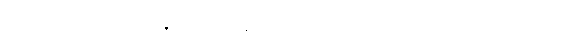
မီစာတိုသည် သွေးဆုတ်နေသော မျက်နှာဖြင့် ခေါင်းညိတ်ပြပြီး မိခင်ကို တစ်ချက် ဝေ့ကြည့်၍